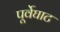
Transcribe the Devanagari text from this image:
पूर्वेघाट